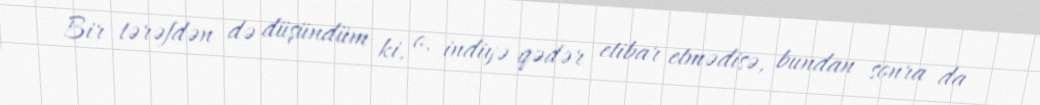
Bir tərəfdən də düşündüm ki, o, indiyə qədər etibar etmədisə, bundan sonra da